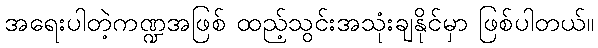
အရေးပါတဲ့ကဏ္ဍအဖြစ် ထည့်သွင်းအသုံးချနိုင်မှာ ဖြစ်ပါတယ်။